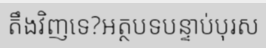
តឹងវិញទេ?អត្ថបទបន្ទាប់បុរស